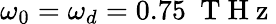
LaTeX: \omega_{0}=\omega_{d}=0.75~\mathrm{~T~H~z~}